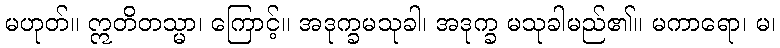
မဟုတ်။ ဣတိတသ္မာ၊ ကြောင့်။ အဒုက္ခမသုခါ၊ အဒုက္ခ မသုခါမည်၏။ မကာရော၊ မ၊